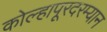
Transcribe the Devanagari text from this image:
कोल्हापूरदरम्यान